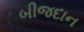
બીજદાન